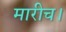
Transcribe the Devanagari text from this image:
मारीच।